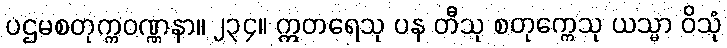
ပဌမစတုက္ကဝဏ္ဏနာ။ ၂၃၄။ ဣတရေသု ပန တီသု စတုက္ကေသု ယသ္မာ ဝိသုံ